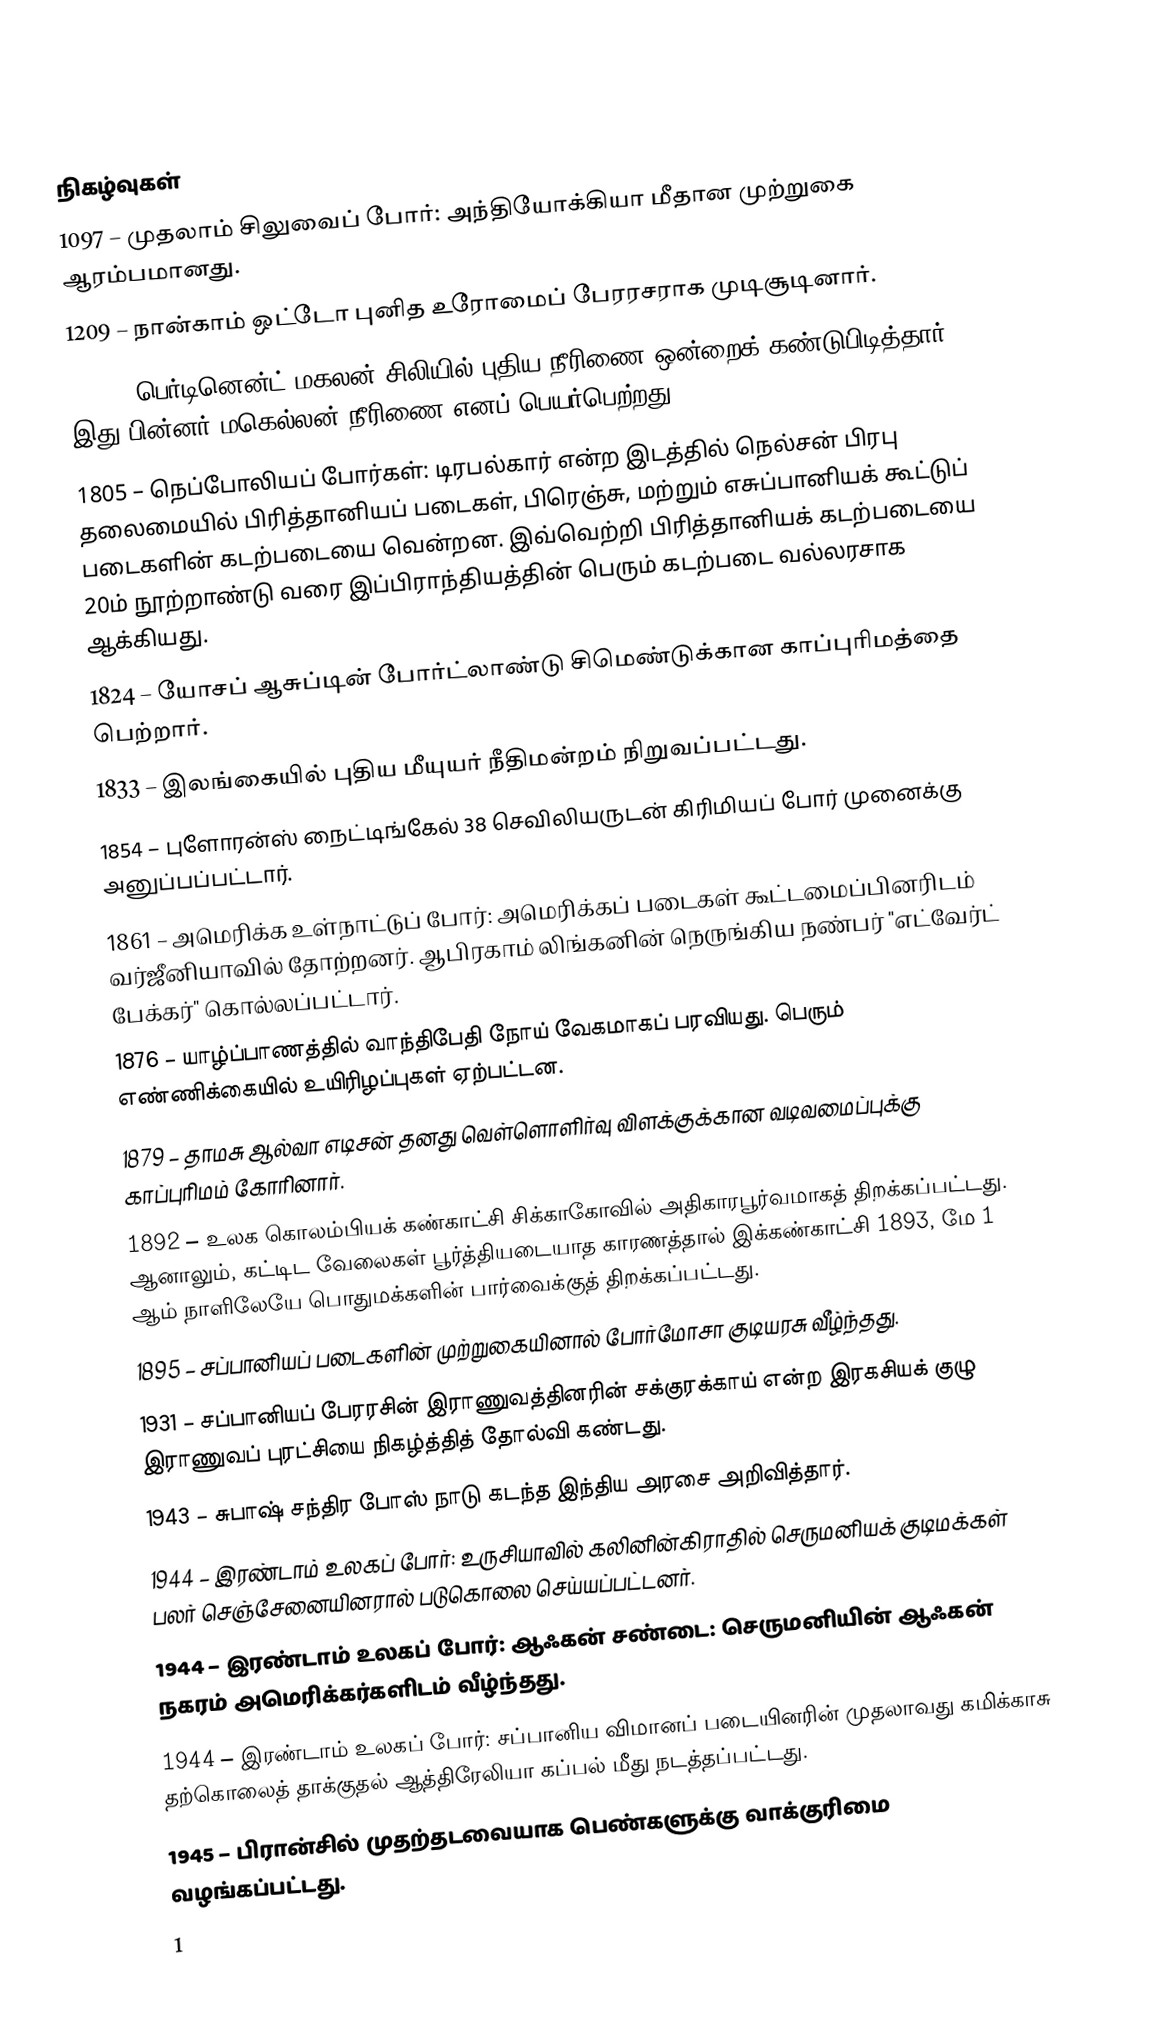

நிகழ்வுகள்
1097 – முதலாம் சிலுவைப் போர்: அந்தியோக்கியா மீதான முற்றுகை ஆரம்பமானது.
1209 – நான்காம் ஒட்டோ புனித உரோமைப் பேரரசராக முடிசூடினார்.
1520 – பெர்டினென்ட் மகலன் சிலியில் புதிய நீரிணை ஒன்றைக் கண்டுபிடித்தார். இது பின்னர் மகெல்லன் நீரிணை எனப் பெயர்பெற்றது.
1805 – நெப்போலியப் போர்கள்: டிரபல்கார் என்ற இடத்தில் நெல்சன் பிரபு தலைமையில் பிரித்தானியப் படைகள், பிரெஞ்சு, மற்றும் எசுப்பானியக் கூட்டுப் படைகளின் கடற்படையை வென்றன. இவ்வெற்றி பிரித்தானியக் கடற்படையை 20ம் நூற்றாண்டு வரை இப்பிராந்தியத்தின் பெரும் கடற்படை வல்லரசாக ஆக்கியது.
1824 – யோசப் ஆசுப்டின் போர்ட்லாண்டு சிமெண்டுக்கான காப்புரிமத்தை பெற்றார்.
1833 – இலங்கையில் புதிய மீயுயர் நீதிமன்றம் நிறுவப்பட்டது.
1854 – புளோரன்ஸ் நைட்டிங்கேல் 38 செவிலியருடன் கிரிமியப் போர் முனைக்கு அனுப்பப்பட்டார்.
1861 – அமெரிக்க உள்நாட்டுப் போர்: அமெரிக்கப் படைகள் கூட்டமைப்பினரிடம் வர்ஜீனியாவில் தோற்றனர். ஆபிரகாம் லிங்கனின் நெருங்கிய நண்பர் "எட்வேர்ட் பேக்கர்" கொல்லப்பட்டார்.
1876 – யாழ்ப்பாணத்தில் வாந்திபேதி நோய் வேகமாகப் பரவியது. பெரும் எண்ணிக்கையில் உயிரிழப்புகள் ஏற்பட்டன.
1879 – தாமசு ஆல்வா எடிசன் தனது வெள்ளொளிர்வு விளக்குக்கான வடிவமைப்புக்கு காப்புரிமம் கோரினார்.
1892 – உலக கொலம்பியக் கண்காட்சி சிக்காகோவில் அதிகாரபூர்வமாகத் திறக்கப்பட்டது. ஆனாலும், கட்டிட வேலைகள் பூர்த்தியடையாத காரணத்தால் இக்கண்காட்சி 1893, மே 1 ஆம் நாளிலேயே பொதுமக்களின் பார்வைக்குத் திறக்கப்பட்டது.
1895 – சப்பானியப் படைகளின் முற்றுகையினால் போர்மோசா குடியரசு வீழ்ந்தது.
1931 – சப்பானியப் பேரரசின் இராணுவத்தினரின் சக்குரக்காய் என்ற இரகசியக் குழு இராணுவப் புரட்சியை நிகழ்த்தித் தோல்வி கண்டது.
1943 – சுபாஷ் சந்திர போஸ் நாடு கடந்த இந்திய அரசை அறிவித்தார்.
1944 – இரண்டாம் உலகப் போர்: உருசியாவில் கலினின்கிராதில் செருமனியக் குடிமக்கள் பலர் செஞ்சேனையினரால் படுகொலை செய்யப்பட்டனர்.
1944 – இரண்டாம் உலகப் போர்: ஆஃகன் சண்டை: செருமனியின் ஆஃகன் நகரம் அமெரிக்கர்களிடம் வீழ்ந்தது.
1944 – இரண்டாம் உலகப் போர்: சப்பானிய விமானப் படையினரின் முதலாவது கமிக்காசு தற்கொலைத் தாக்குதல் ஆத்திரேலியா கப்பல்  மீது நடத்தப்பட்டது.
1945 – பிரான்சில் முதற்தடவையாக பெண்களுக்கு வாக்குரிமை வழங்கப்பட்டது.
1